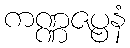
ကဏ္ဏဇပ္ပနံ